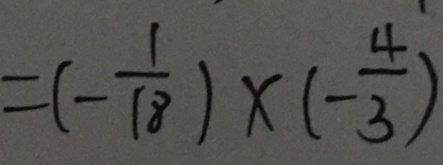
= ( - \frac { 1 } { 1 8 } ) \times ( - \frac { 4 } { 3 } )